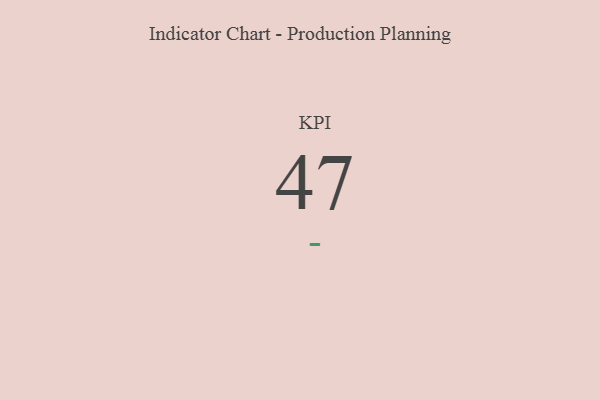
{"axis": {"x": "KPI", "y": "Value"}, "legend": [""], "data": [{"x": "KPI", "y": 47, "type": ""}]}